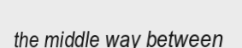
the middle way between